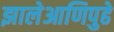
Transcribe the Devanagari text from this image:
झालेआणिपुढे